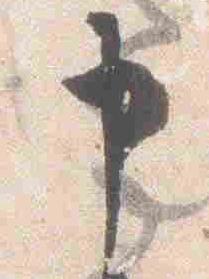
申